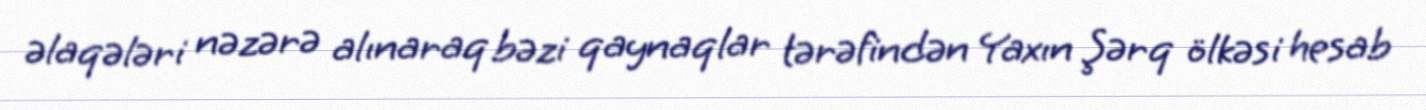
əlaqələri nəzərə alınaraq bəzi qaynaqlar tərəfindən Yaxın Şərq ölkəsi hesab